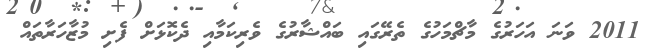
2011 ވަނަ އަހަރުގެ މާޗްމަހުގެ ތެރޭގައި ބައްޝާރުގެ ވެރިކަމާއި ދެކޮޅަށް ފެށި މުޒާހަރާތައް